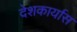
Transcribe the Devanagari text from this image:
देशकार्यास